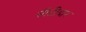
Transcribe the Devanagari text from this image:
सीटीदार